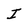
Character: I